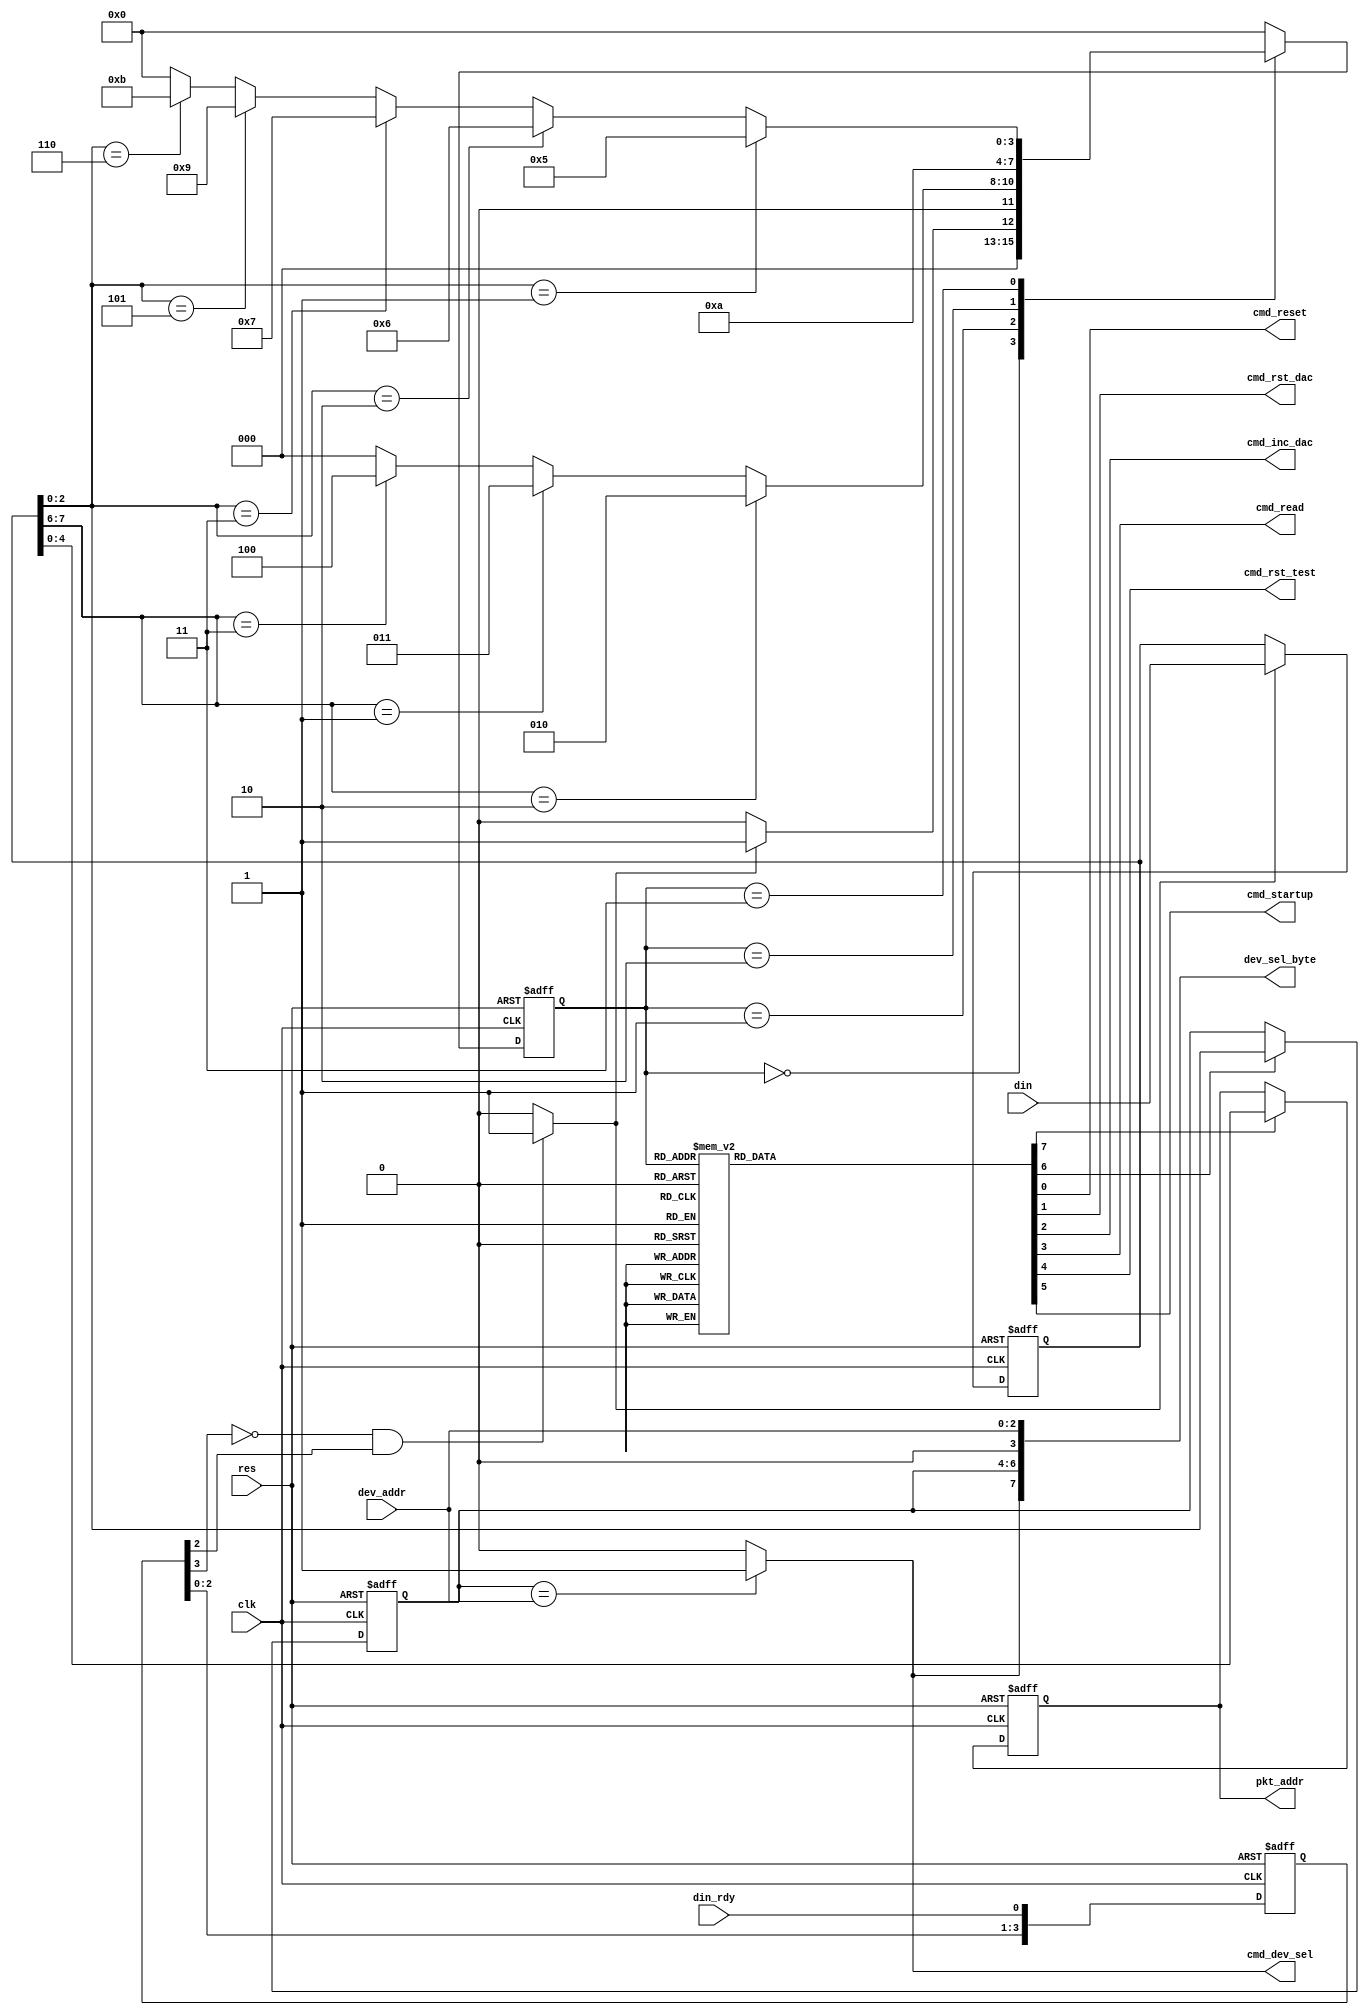
module cu_hmi(clk,res,din_rdy,din,dev_addr,
			cmd_reset,cmd_rst_dac,cmd_inc_dac,/*inc_dac2,*/cmd_read,cmd_dev_sel,cmd_rst_test, cmd_startup,
			pkt_addr,dev_sel_byte);

input clk;
input res;
input din_rdy;
input [7:0] din;
input [2:0] dev_addr;

output cmd_reset;
output cmd_rst_dac;
output cmd_inc_dac;
//output inc_dac2;
output cmd_read;
output cmd_dev_sel;
output cmd_rst_test;
output cmd_startup;
output [4:0] pkt_addr;
output [7:0] dev_sel_byte;


//Registres
reg [5:0] shift ;
reg [7:0] data_reg ;
reg [2:0] dev_addr_reg;
reg [4:0]	 pkt_addr;
reg [3:0] cstate;
reg [3:0] nstate;
reg cmd_reset;
reg cmd_rst_dac;
reg cmd_inc_dac;
//reg inc_dac2;
reg cmd_read;
reg load_dev_addr;
reg load_pkt_addr;
reg cmd_rst_test;
reg cmd_startup;
//wires
wire sync1;
wire [1:0] opcode;
wire [2:0] cmdreg;

parameter IDLE=0, CHECK=1, ADDRS=2, CMD=3, SELFPGA=4, 
		RESET=5, RES_DAC=6,INC_DAC1=7, /*INC_DAC2=8,*/ RES_TEST=9, READ=10, STARTUP = 11;

always @(posedge clk or posedge res)
if (res)
	shift<=0;
else 
	shift<={shift[4:0], din_rdy};

assign sync1=(~shift[3]&(shift[2]))?1:0;

always @ (posedge clk or posedge res)
if (res)
   data_reg<=0;
else if (sync1)
	data_reg<=din;
else
	data_reg<=data_reg;

assign opcode = data_reg[7:6];
assign cmdreg  = data_reg[2:0];

always @(posedge clk or posedge res)
if (res)
cstate<=0;
else 
cstate<=nstate;

always @(cstate or opcode or cmdreg or sync1)
begin
case(cstate)
IDLE:		begin	
		 	if (sync1)
		 		nstate = CHECK;
	   	else
	 			nstate = IDLE;
			end

CHECK: 	begin 
	   	if (opcode==2'b10)
				nstate =ADDRS;
	   	else if (opcode==2'b01)
				nstate =CMD;
	   	else if (opcode==2'b11)
				nstate =SELFPGA;
	   	else 
	 			nstate = IDLE;
			end
ADDRS: 	begin
	     		nstate=READ;
	  		end

CMD: 	begin 	 
			if (cmdreg==3'b001)			//1
				nstate =RESET;
	   	else if (cmdreg==3'b010)	//2
				nstate =RES_DAC;
	   	else if (cmdreg==3'b011)	//3
				nstate =INC_DAC1;
	   	/*else if (cmdreg==3'b100)	//4
	   		nstate =INC_DAC2;*/
      	else if (cmdreg==3'b101)	//5
	   		nstate =RES_TEST;
	   	else if (cmdreg==3'b110)	//6
	   		nstate =STARTUP;
			else 
	 			nstate = IDLE;
			end

SELFPGA:	begin
	  		nstate=IDLE;
	  		end

RESET: 	begin
	  		nstate=IDLE;
	  		end

RES_DAC:	begin
	  		nstate=IDLE;
	  		end

INC_DAC1: begin
	  		 nstate=IDLE;
	  		end

/*INC_DAC2: begin
	  		 nstate=IDLE;
	  		 end*/

RES_TEST: begin
	  		 nstate=IDLE;
	  		 end
STARTUP: begin
	  		 nstate=IDLE;
   		 end
READ: 	begin
	  		nstate=IDLE;
	  		end

default:	nstate=IDLE;

endcase
end

///output 
always @(cstate)
begin
cmd_reset=0;
cmd_rst_dac=0;
cmd_inc_dac=0;
//inc_dac2=0;
cmd_read=0;
load_dev_addr=0;
load_pkt_addr=0;
cmd_rst_test=0;
cmd_startup=0;

case(cstate)

ADDRS:  	begin
	   	load_pkt_addr=1;
			end

SELFPGA:	begin	
	      load_dev_addr=1;
			end
	  
RESET:  	begin
	   	cmd_reset=1;
	   	end

RES_DAC: begin
         cmd_rst_dac=1;
         end

INC_DAC1: begin
	     cmd_inc_dac=1;
	     end

/*INC_DAC2: begin
	  		 inc_dac2=1;
	  		 end*/

RES_TEST: begin
	  	cmd_rst_test=1;
	  	end
STARTUP: begin
	  	cmd_startup=1;
	  	end
READ: 	begin
	  	cmd_read=1;
	  	end

endcase
end

always @(posedge clk or posedge res)
if(res)
	dev_addr_reg<=3'b111;
else if (load_dev_addr)
	dev_addr_reg<=data_reg[2:0];
else
	dev_addr_reg<=dev_addr_reg;


assign cmd_dev_sel = (dev_addr_reg == dev_addr)?1:0;

assign dev_sel_byte = {cmd_dev_sel,dev_addr_reg,1'b0, dev_addr};


always @(posedge clk or posedge res)
if(res)
	pkt_addr <= 0;
else if (load_pkt_addr)
	pkt_addr <= data_reg[4:0];
endmodule